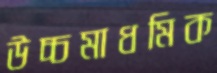
উচ্চমাধমিক